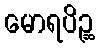
မောရပိဉ္ဆ